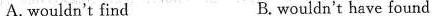
A. wouldn't find B.wouldn't have found